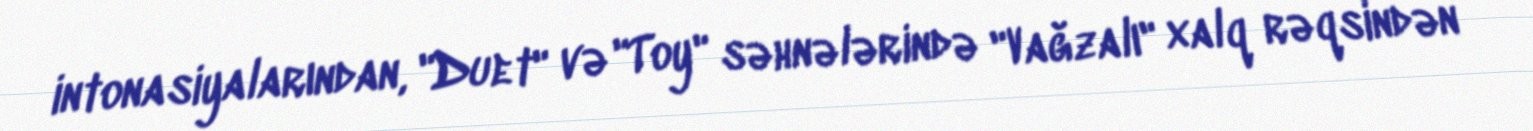
intonasiyalarından, "Duet" və "Toy" səhnələrində "Vağzalı" xalq rəqsindən